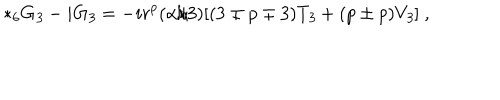
LaTeX: { * _ { 6 } } G _ { \it 3 } - i G _ { \it 3 } = - i r ^ { p } ( \alpha / 3 ) [ ( 3 \mp p \mp 3 ) T _ { \it 3 } + ( p \pm p ) V _ { \it 3 } ] \ ,